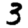
Digit: 3